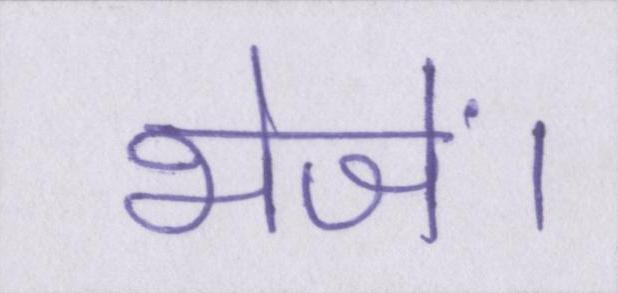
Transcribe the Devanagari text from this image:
भेजें।